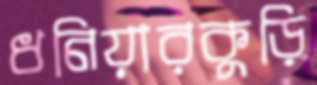
ধনিয়ারকুড়ি